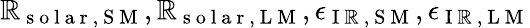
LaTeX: \mathbb{R}_{\mathrm{{~s~o~l~a~r~,~S~M~}}},\mathbb{R}_{\mathrm{{~s~o~l~a~r~,~L~M~}}},\epsilon_{\mathrm{{~I~\mathbb{R}~,~S~M~}}},\epsilon_{\mathrm{{~I~\mathbb{R}~,~L~M~}}}